Indian journal of veterinary science and animal husbandry - Volume 7,
Year: 1937
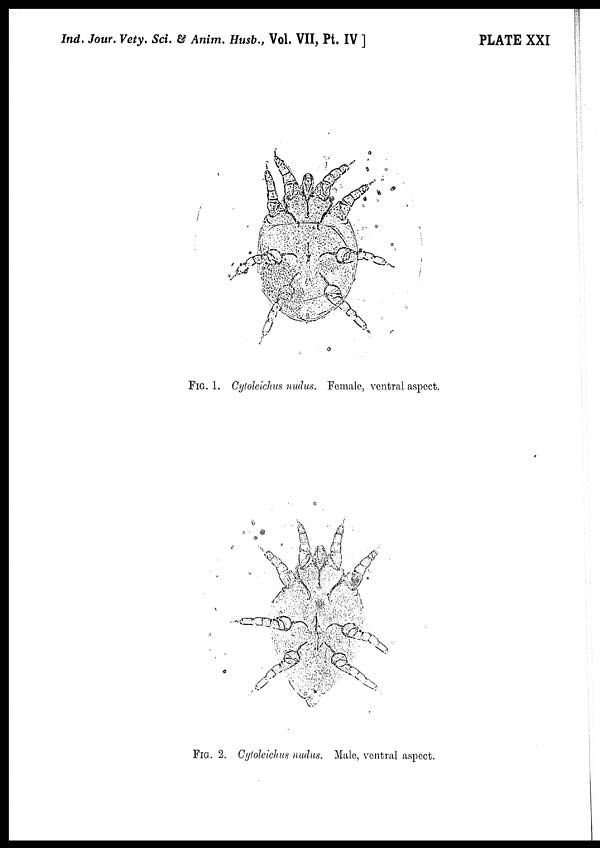
Ind. Jour. Vety. Sci. & Anim. Husb., Vol. VII, Pt. IV ]
PLATE XXI
FIG. 1. Cytoleichus nudus. Female, ventral aspect.
FIG. 2. Cytoleichus nudus. Male, ventral aspect.